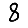
Digit: 8